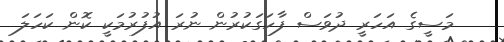
މަސީގެ އަހަރީ ދުވަސް ފާހަގަކުރުން ނުރަ އުފުރުމަކީ ކޮން ކަހަލަ